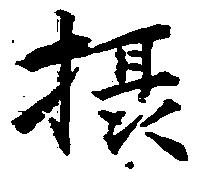
摂